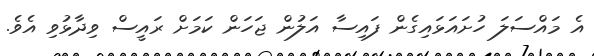
އެ މައްސަލަ ހުށައަޅައިގެން ފައިސާ އަލުން ޖަހަން ކަމަށް ރައީސް ވިދާޅުވި އެވެ.